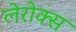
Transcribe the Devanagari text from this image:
लेरोक्स